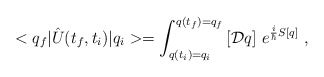
\begin{align*}<q_f|\hat{U}(t_f,t_i)|q_i>=\int_{q(t_i)=q_i}^{q(t_f)=q_f}\left[{\cal D}q\right]\,e^{\frac{i}{\hbar}S[q]}\ ,\end{align*}